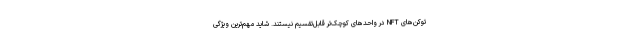
توکن‌های NFT در واحدهای کوچک‌تر قابل‌تقسیم نیستند. شاید مهم‌ترین ویژگی